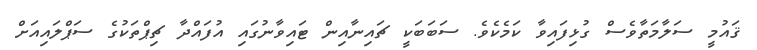
ޤައުމީ ސަލާމަތާވެސް ގުޅިފައިވާ ކަމެކެވެ. ސަަބަބަކީ ޗައިނާއިން ޓައިވާނުގައި އުފައްދާ ޗިޕްތަކުގެ ސަޕްލައިއަށް